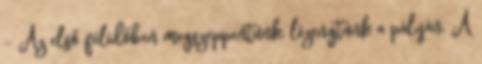
– Az első félidőben megszeppentünk, lézengtünk a pályán. A